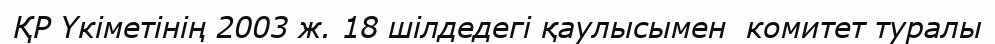
ҚР Үкіметінің 2003 ж. 18 шілдедегі қаулысымен  комитет туралы